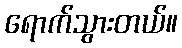
ရောက်သွားတယ်။